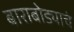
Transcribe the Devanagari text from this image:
बाराबोड्याचं